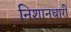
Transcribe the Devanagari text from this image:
निशानधारी